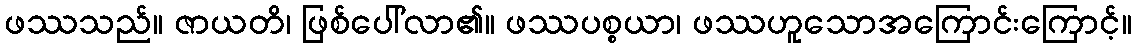
ဖဿသည်။ ဇာယတိ၊ ဖြစ်ပေါ်လာ၏။ ဖဿပစ္စယာ၊ ဖဿဟူသောအကြောင်းကြောင့်။